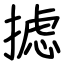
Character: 摅